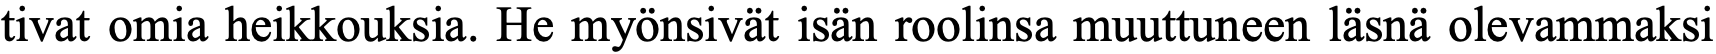
tivat omia heikkouksia. He myönsivät isän roolinsa muuttuneen läsnä olevammaksi